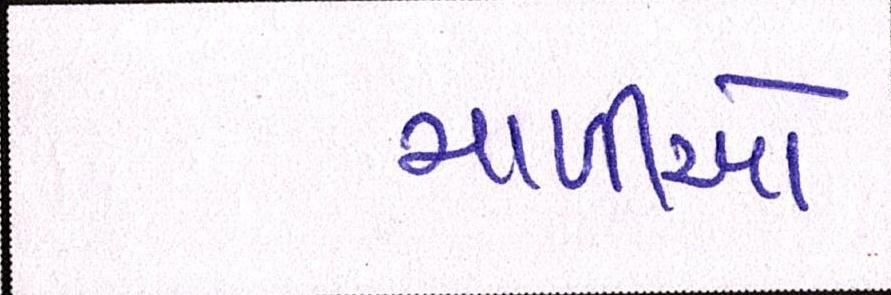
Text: માળીઓ